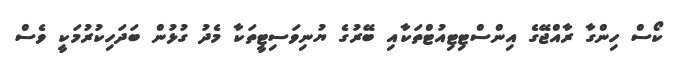
ކޯސް ހިންގާ ރާއްޖޭގެ އިންސްޓިޓިއުޓްތަކާއި ބޭރުގެ ޔުނިވަސިޓީތަކާ މެދު ގުޅުން ބަދަހިކުރުމަކީ ވެސް